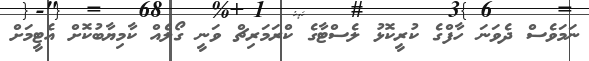
ނަމަވެސް ދެވަނަ ހާފްގެ ކުރީކޮޅު ލެސްޓާގެ ކްރަމަރިޗް ވަނީ ގޯލެއް ކާމިޔާބުކޮށް އެޓީމަށް